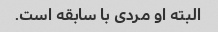
البته او مردی با سابقه است.